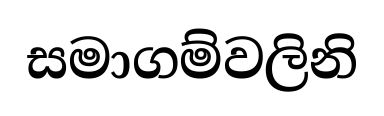
සමාගම්වලිනි